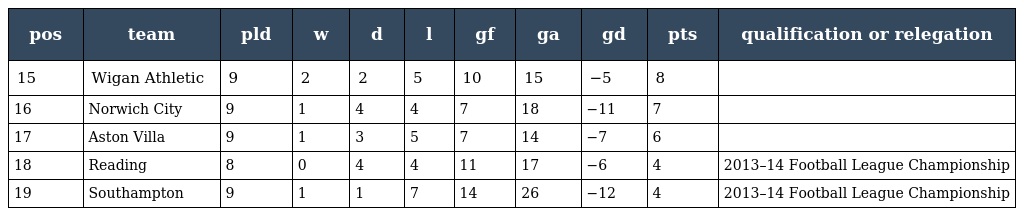
| pos | team | pld | w | d | l | gf | ga | gd | pts | qualification or relegation |
 | --- | --- | --- | --- | --- | --- | --- | --- | --- | --- | --- |
 | 15 | Wigan Athletic | 9 | 2 | 2 | 5 | 10 | 15 | −5 | 8 |  |
 | 16 | Norwich City | 9 | 1 | 4 | 4 | 7 | 18 | −11 | 7 |  |
 | 17 | Aston Villa | 9 | 1 | 3 | 5 | 7 | 14 | −7 | 6 |  |
 | 18 | Reading | 8 | 0 | 4 | 4 | 11 | 17 | −6 | 4 | 2013–14 Football League Championship |
 | 19 | Southampton | 9 | 1 | 1 | 7 | 14 | 26 | −12 | 4 | 2013–14 Football League Championship |